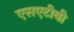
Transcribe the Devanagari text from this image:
एसएटीबी